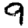
Digit: 9